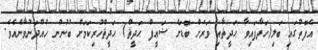
އެފޮތުގައި ބަލި(ހަދާފައިވާ ޙަދީޘާއި ވަރަށް ބޮޑަށް ޟަޢީފް ޙަދީޘް) ޙަދީޘްހުރިކަމަށް ބުނުން ހުއްދަނުވާނެއެވެ.